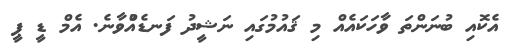
އެކޮއި ބުނަންތަ ވާހަކައެއް މި ޤައުމުގައި ނަޝީދު ފަނޑެއްުވާނެ. އެމް ޑީ ޕީ